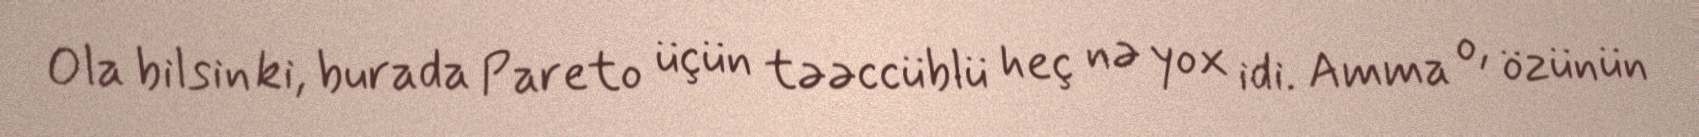
Ola bilsin ki, burada Pareto üçün təəccüblü heç nə yox idi. Amma o, özünün